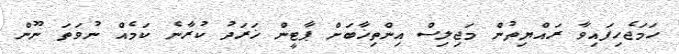
ހަމަޖެހިފައިވާ ރައްޔިތުން މަޖިލިސް އިންތިޚާބަށް ޕާޓީން ޚަރަދު ކުރާނެ ކަމެއް ނުވަތަ ނޫން